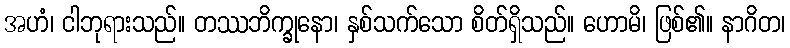
အဟံ၊ ငါဘုရားသည်။ တဿဘိက္ခုနော၊ နှစ်သက်သော စိတ်ရှိသည်။ ဟောမိ၊ ဖြစ်၏။ နာဂိတ၊